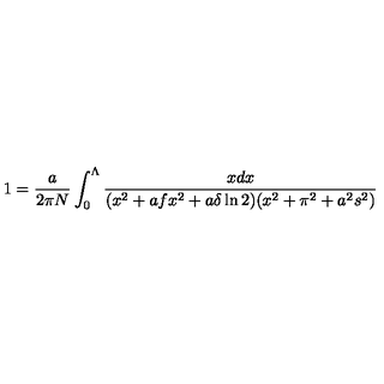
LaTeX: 1 = { \frac { a } { 2 \pi N } } \int _ { 0 } ^ { \Lambda } { \frac { x d x } { ( x ^ { 2 } + a f x ^ { 2 } + a \delta \ln 2 ) ( x ^ { 2 } + \pi ^ { 2 } + a ^ { 2 } s ^ { 2 } ) } }